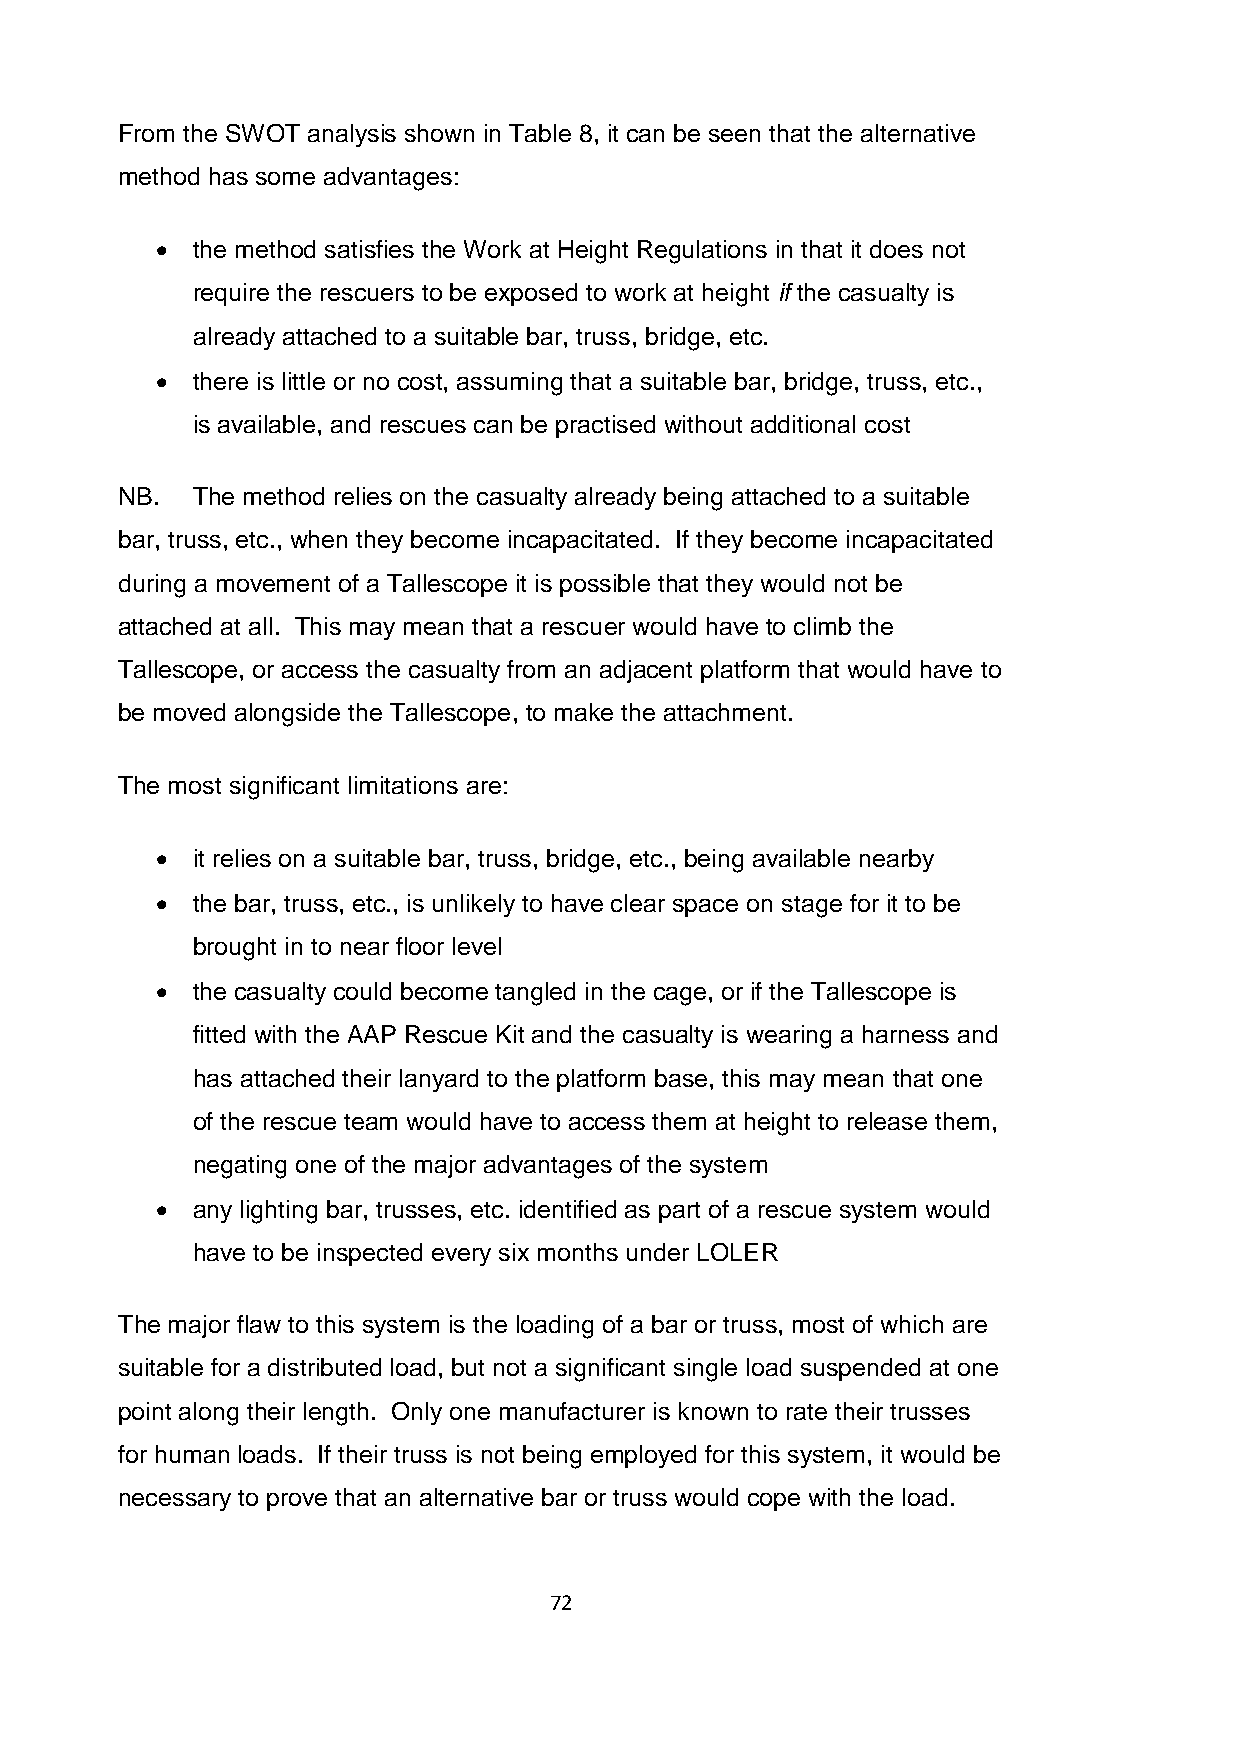
From the SWOT analysis shown in Table 8, it can be seen that the alternative
 method has some advantages:
   the method satisfies the Work at Height Regulations in that it does not
 require the rescuers to be exposed to work at height if the casualty is
 already attached to a suitable bar, truss, bridge, etc.
   there is little or no cost, assuming that a suitable bar, bridge, truss, etc.,
 is available, and rescues can be practised without additional cost
 NB.  The method relies on the casualty already being attached to a suitable
 bar, truss, etc., when they become incapacitated. If they become incapacitated
 during a movement of a Tallescope it is possible that they would not be
 attached at all. This may mean that a rescuer would have to climb the
 Tallescope, or access the casualty from an adjacent platform that would have to
 be moved alongside the Tallescope, to make the attachment.
 The most significant limitations are:
   it relies on a suitable bar, truss, bridge, etc., being available nearby
   the bar, truss, etc., is unlikely to have clear space on stage for it to be
 brought in to near floor level
   the casualty could become tangled in the cage, or if the Tallescope is
 fitted with the AAP Rescue Kit and the casualty is wearing a harness and
 has attached their lanyard to the platform base, this may mean that one
 of the rescue team would have to access them at height to release them,
 negating one of the major advantages of the system
   any lighting bar, trusses, etc. identified as part of a rescue system would
 have to be inspected every six months under LOLER
 The major flaw to this system is the loading of a bar or truss, most of which are
 suitable for a distributed load, but not a significant single load suspended at one
 point along their length. Only one manufacturer is known to rate their trusses
 for human loads. If their truss is not being employed for this system, it would be
 necessary to prove that an alternative bar or truss would cope with the load.
 72